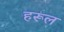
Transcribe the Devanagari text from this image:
हरूल